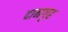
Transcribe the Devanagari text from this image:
दानगृह